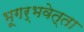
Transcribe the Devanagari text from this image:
भूगर्भवेत्ता